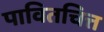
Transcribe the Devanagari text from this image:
पावितचित्त